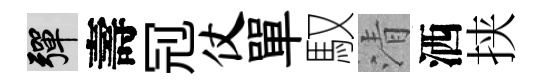
彈壽𠜍仗單馭清洒挟